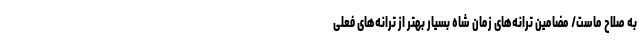
به صلاح ماست/ مضامین ترانه‌های زمان شاه بسیار بهتر از ترانه‌های فعلی